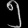
Digit: ၅